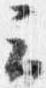
云